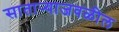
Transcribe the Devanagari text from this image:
सातार्‍याजवळील